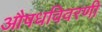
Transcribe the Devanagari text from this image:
औषधविवरणी